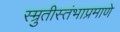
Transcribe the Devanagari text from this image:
स्म्रुतीस्तंभाप्रमाणे